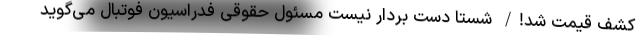
کشف قیمت شد!/ شستا دست بردار نیست مسئول حقوقی فدراسیون فوتبال می‌گوید